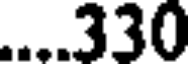
....330